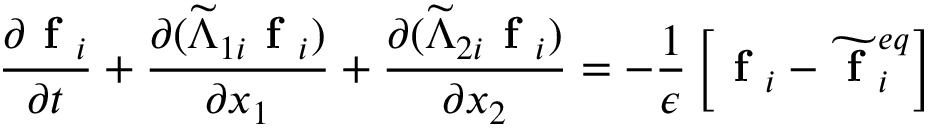
\frac { \partial \textbf { f } _ { i } } { \partial t } + \frac { \partial ( \widetilde { \Lambda } _ { 1 i } \textbf { f } _ { i } ) } { \partial x _ { 1 } } + \frac { \partial ( \widetilde { \Lambda } _ { 2 i } \textbf { f } _ { i } ) } { \partial x _ { 2 } } = - \frac { 1 } { \epsilon } \left[ \textbf { f } _ { i } - \widetilde { \textbf { f } } _ { i } ^ { e q } \right]